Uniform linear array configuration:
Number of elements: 64
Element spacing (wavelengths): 0.5
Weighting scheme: exponential
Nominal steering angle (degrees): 15
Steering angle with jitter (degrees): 16.305
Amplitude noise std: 0.05
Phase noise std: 0.05

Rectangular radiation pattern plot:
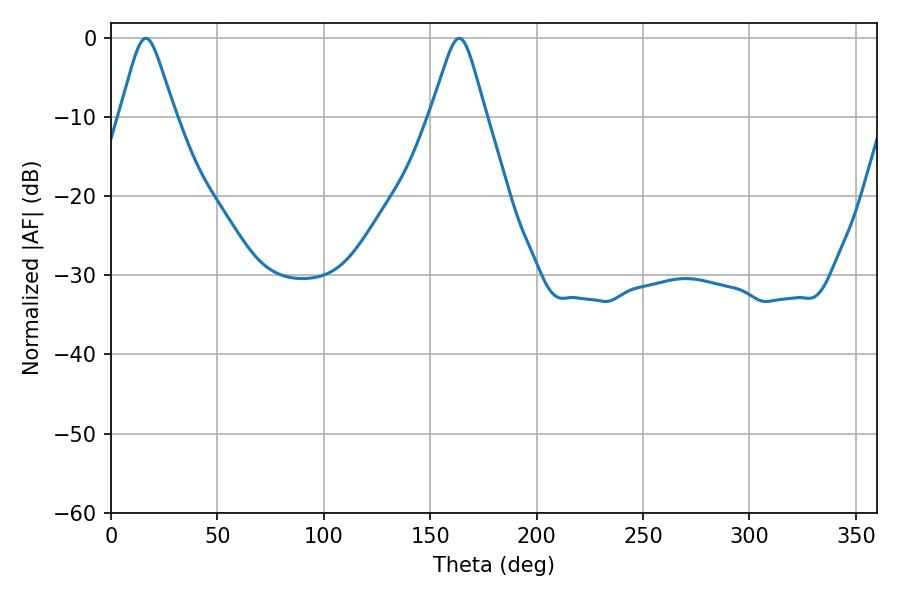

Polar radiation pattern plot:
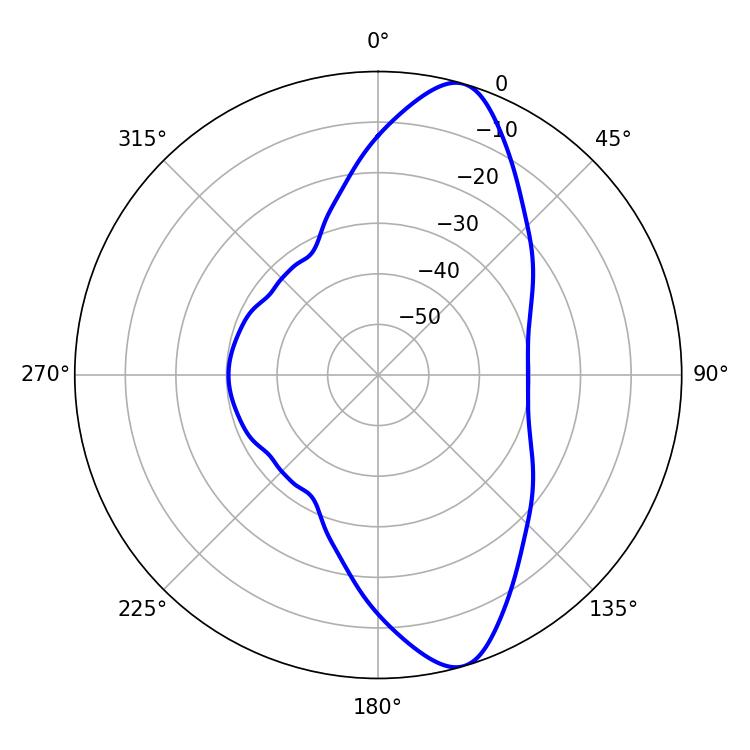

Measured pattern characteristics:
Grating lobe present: FALSE
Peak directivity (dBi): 11.131
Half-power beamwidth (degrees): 12.24
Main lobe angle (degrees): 16.38